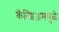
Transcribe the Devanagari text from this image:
कॅल्शिअममुळे